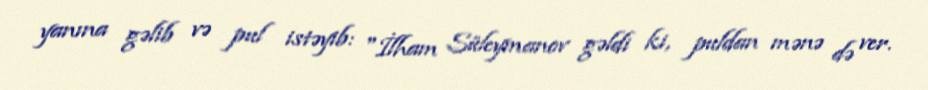
yanına gəlib və pul istəyib: "İlham Süleymanov gəldi ki, puldan mənə də ver.